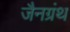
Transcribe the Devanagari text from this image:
जैनग्रंथ